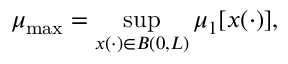
\mu _ { \mathrm { m a x } } = \operatorname* { s u p } _ { x ( \cdot ) \in B ( 0 , L ) } \mu _ { 1 } \lbrack x ( \cdot ) \rbrack ,